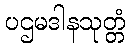
ပဌမဒါနသုတ္တံ